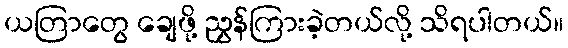
ယတြာတွေ ချေဖို့ ညွှန်ကြားခဲ့တယ်လို့ သိရပါတယ်။